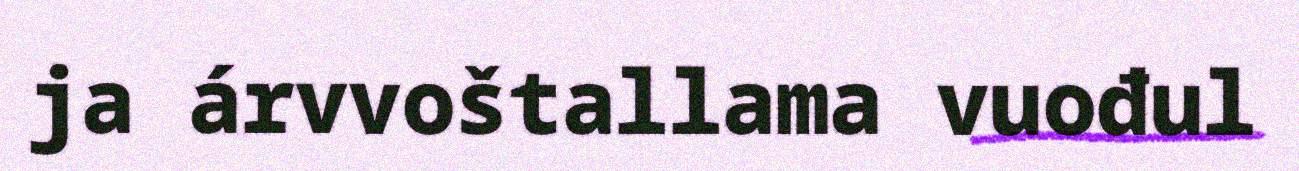
ja árvvoštallama vuođul